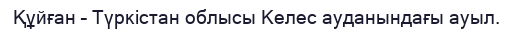
Құйған – Түркістан облысы Келес ауданындағы ауыл.